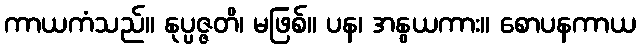
ကာယကံသည်။ နုပ္ပဇ္ဇတိ၊ မဖြစ်။ ပန၊ အနွယကား။ စောပနကာယ